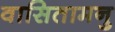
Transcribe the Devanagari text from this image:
वासितामनु